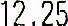
12.25